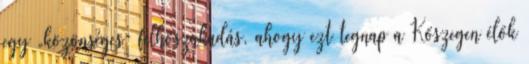
egy „közönséges” felhőszakadás, ahogy ezt tegnap a Kőszegen élők